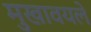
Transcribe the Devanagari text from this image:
मुखावयले